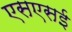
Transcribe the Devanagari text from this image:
एसएसई